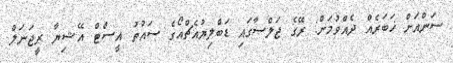
ސަންއަށް ޚަބަރެއް ދެއްވުމަށް: ރޭގެ ޖަލްސާގައި ޑަބްލިޔުއެޗްއޯގެ ސައުތު އީސްޓް އޭޝިޔާ ރީޖަނަލް